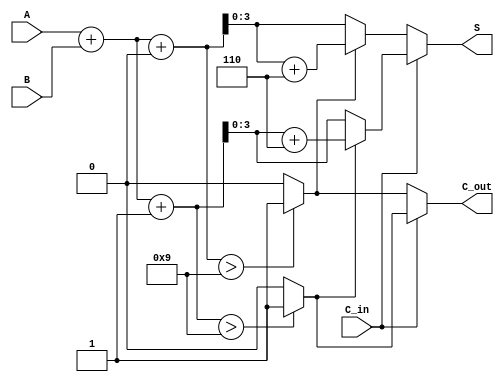
module BCD_Carry_Select_Adder (
    input [3:0] A,      // First BCD digit
    input [3:0] B,      // Second BCD digit
    input C_in,         // Carry input
    output reg [3:0] S, // BCD Result
    output reg C_out    // Carry output
);
    
    reg [4:0] sum_0;    // Sum with C_in = 0
    reg [4:0] sum_1;    // Sum with C_in = 1
    reg [4:0] corrected_sum; // Corrected Sum after BCD adjustment

    // Intermediate carry signals
    wire C0, C1;

    // Full Adder behavior for C_in = 0
    assign sum_0 = A + B + 0; // C_in = 0
    assign C0 = (sum_0 > 9) ? 1 : 0;  // Determine carry out for sum_0

    // Full Adder behavior for C_in = 1
    assign sum_1 = A + B + 1; // C_in = 1
    assign C1 = (sum_1 > 9) ? 1 : 0;  // Determine carry out for sum_1

    // Select the final sum based on C_in
    always @(*) begin
        if (C_in) begin
            if (C1) begin
                corrected_sum = sum_1 + 6; // BCD correction
            end else begin
                corrected_sum = sum_1;
            end
            S = corrected_sum[3:0]; // Get the lower 4 bits
            C_out = C1; // Final carry out
        end else begin
            if (C0) begin
                corrected_sum = sum_0 + 6; // BCD correction
            end else begin
                corrected_sum = sum_0;
            end
            S = corrected_sum[3:0]; // Get the lower 4 bits
            C_out = C0; // Final carry out
        end
    end
endmodule